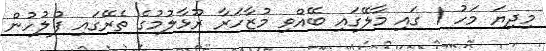
މިދިޔަ މަހު 1 ގައި މާލޭގައި ބޭއްވި މުޒާހަރާ ރޫޅާލުމުގެ ތެރޭގައި ފުލުހުން